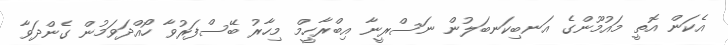
އެކަން އޮތީ މައުމޫންގެ އަނބިކަނބަލުން ނަސްރީނާ އިބްރާހީމް މިހާރު ބޭސްފަރުވާ ހޯއްދަވަމުން ގެންދަވާ